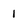
Character: I